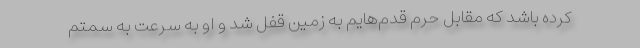
کرده باشد که مقابل حرم قدم‌هایم به زمین قفل شد و او به سرعت به سمتم